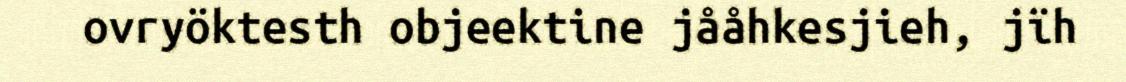
ovryöktesth objeektine jååhkesjieh, jïh